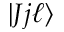
| J j \ell \rangle